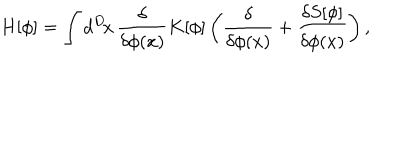
H [ \phi ] = \int d ^ { D } \! x \, \frac { \delta } { \delta \phi ( x ) } K [ \phi ] \left( \frac { \delta } { \delta \phi ( x ) } + \frac { \delta S [ \phi ] } { \delta \phi ( x ) } \right) ,